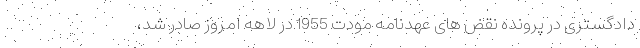
دادگستری در پرونده نقض های عهدنامه مودت 1955 در لاهه امروز صادر شد،